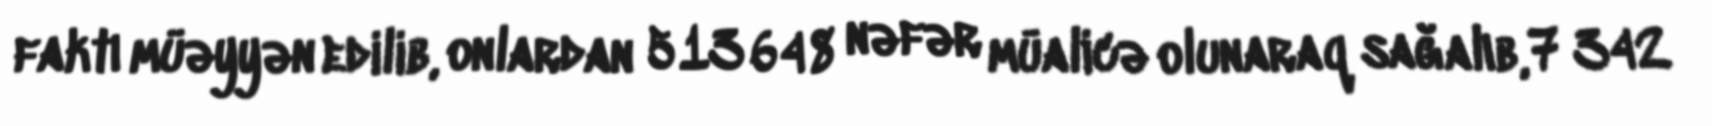
faktı müəyyən edilib, onlardan 513 648 nəfər müalicə olunaraq sağalıb, 7 342